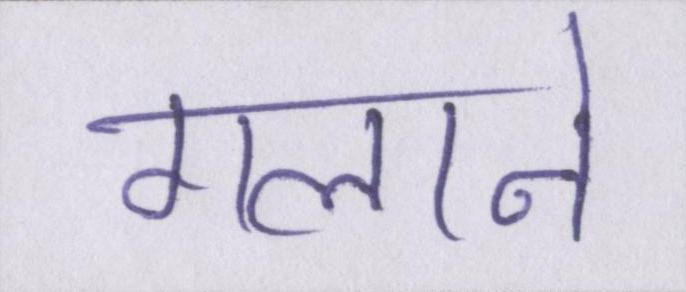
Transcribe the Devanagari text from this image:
गलाने